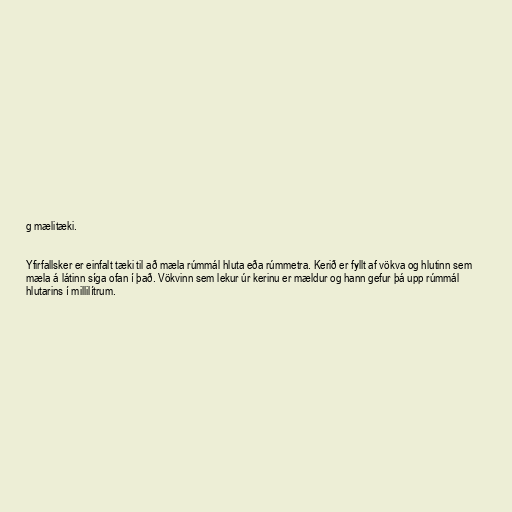
g mælitæki.

Yfirfallsker er einfalt tæki til að mæla rúmmál hluta eða rúmmetra. Kerið er fyllt af vökva og hlutinn sem
mæla á látinn síga ofan í það. Vökvinn sem lekur úr kerinu er mældur og hann gefur þá upp rúmmál
hlutarins í millilítrum.